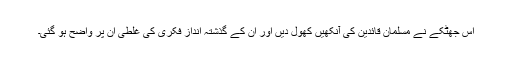
اس جھٹکے نے مسلمان قائدین کی آنکھیں کھول دیں اور ان کے گذشتہ اندازِ فکری کی غلطی ان پر واضح ہو گئی۔